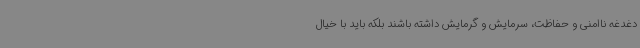
دغدغه ناامنی و حفاظت، سرمایش و گرمایش داشته باشند بلکه باید با خیال